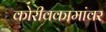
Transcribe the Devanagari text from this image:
कोरीवकामांवर